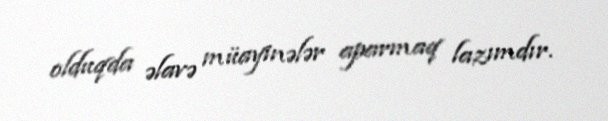
olduqda əlavə müayinələr aparmaq lazımdır.